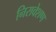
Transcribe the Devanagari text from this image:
निरावेशण